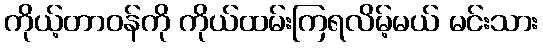
ကိုယ့်တာဝန်ကို ကိုယ်ထမ်းကြရလိမ့်မယ် မင်းသား